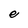
Character: e